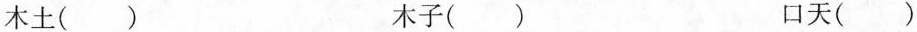
木土() 木子() 口天()